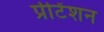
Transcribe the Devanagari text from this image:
प्रीटेंशन